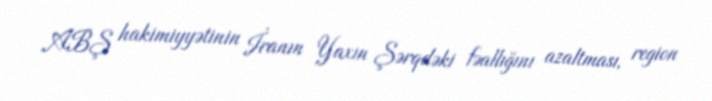
ABŞ hakimiyyətinin İranın Yaxın Şərqdəki fəallığını azaltması, region